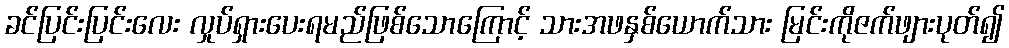
ခင်ပြင်းပြင်းလေး လှုပ်ရှားပေးရမည်ဖြစ်သောကြောင့် သားအဖနှစ်ယောက်သား မြင်းကိုဇက်ဖျားပုတ်၍